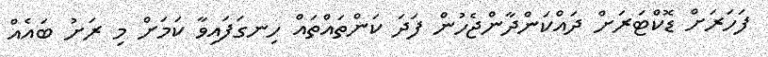
ފަހަރަށް ޑޮކްޓަރަށް ދައްކަންދާންޖެހުން ފަދަ ކަންތައްތައް ހިނގަފައިވާ ކަމަށް މި ރަށު ބައެއް